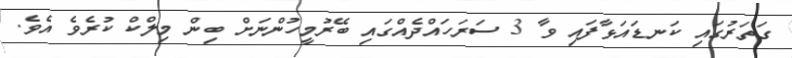
ގަތަރުގައި ކަނޑައަޅާފައި ވާ 3 ސަރަހައްދެއްގައި ބޭރުމީހުންނަށް ބިން މިލްކް ކުރެވެ އެވެ.